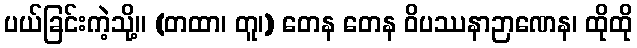
ပယ်ခြင်းကဲ့သို့။ (တထာ၊ တူ၊) တေန တေန ဝိပဿနာဉာဏေန၊ ထိုထို